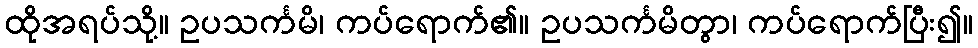
ထိုအရပ်သို့။ ဥပသင်္ကမိ၊ ကပ်ရောက်၏။ ဥပသင်္ကမိတွာ၊ ကပ်ရောက်ပြီး၍။